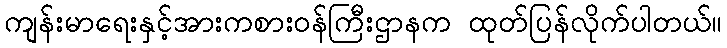
ကျန်းမာရေးနှင့်အားကစားဝန်ကြီးဌာနက ထုတ်ပြန်လိုက်ပါတယ်။